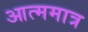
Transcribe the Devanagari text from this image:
आत्ममात्र